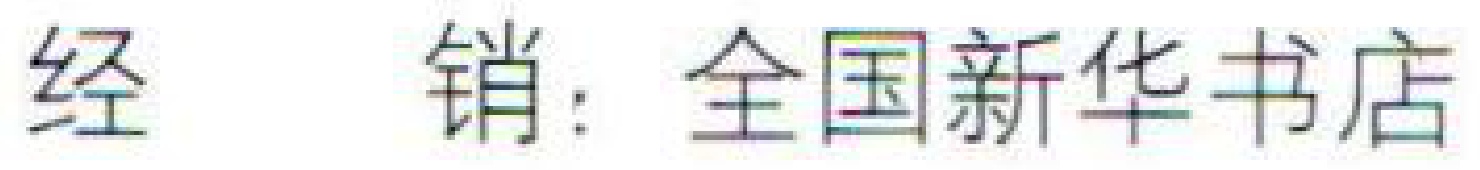
经  销：全国新华书店